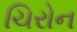
ચિરોન